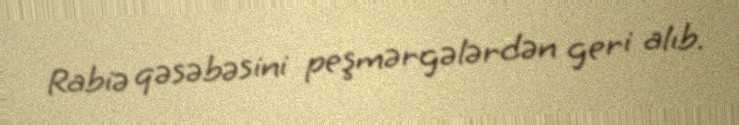
Rabiə qəsəbəsini peşmərgələrdən geri alıb.